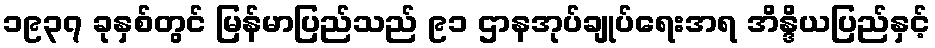
၁၉၃၇ ခုနှစ်တွင် မြန်မာပြည်သည် ၉၁ ဌာနအုပ်ချုပ်ရေးအရ အိန္ဒိယပြည်နှင့်